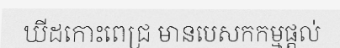
ឃីដកោះពេជ្រ មានបេសកកម្មផ្តល់